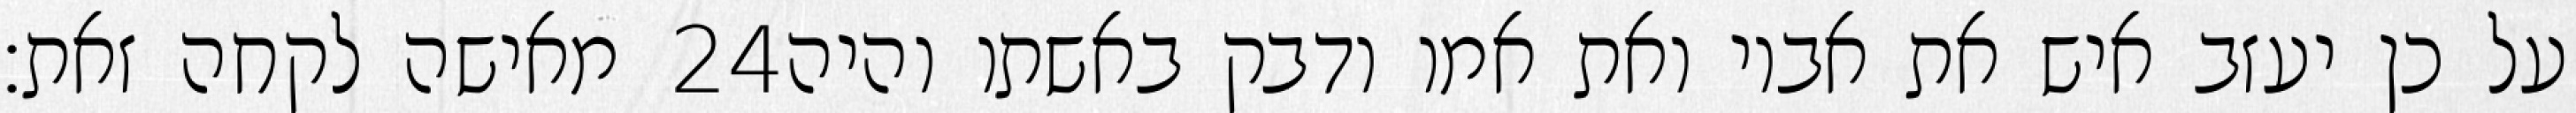
מאישה לקחה זאת׃ ‎24‏ על כן יעזב איש את אביו ואת אמו ודבק באשתו והיה